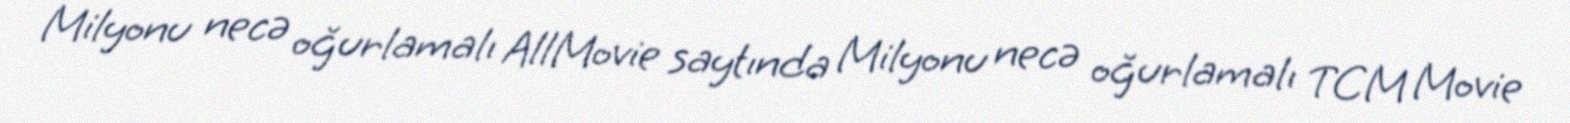
Milyonu necə oğurlamalı AllMovie saytında Milyonu necə oğurlamalı TCM Movie